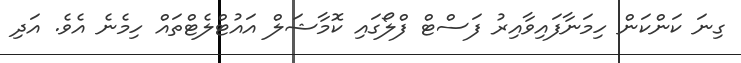
ގިނަ ކަންކަން ހިމަނާފައިވާއިރު ފަސްޓް ފްލޯގައި ކޮމާޝަލް އައުޓްލެޓްތައް ހިމެނެ އެވެ. އަދި